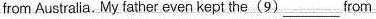
from Australia. My father even kept the (9) ___from